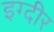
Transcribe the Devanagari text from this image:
इग्दीर